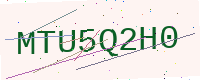
Text: MTU5Q2H0